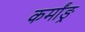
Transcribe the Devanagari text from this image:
कर्मांङ्र